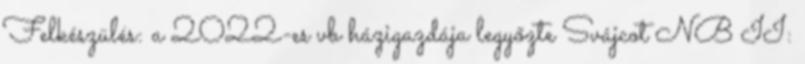
Felkészülés: a 2022-es vb házigazdája legyőzte Svájcot NB II: